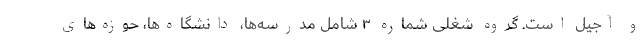
و آجیل است. گروه شغلی شماره ۳ شامل مدرسه‌ها، دانشگاه‌ها، حوزه‌های